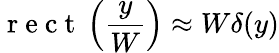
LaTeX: \mathrm{~r~e~c~t~}\left(\frac{y}{W}\right)\approx W\delta(y)